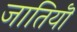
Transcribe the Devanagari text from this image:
जातियॊ